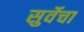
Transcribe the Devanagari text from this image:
सुर्वेचा